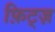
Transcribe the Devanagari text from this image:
फ़िट्ज़